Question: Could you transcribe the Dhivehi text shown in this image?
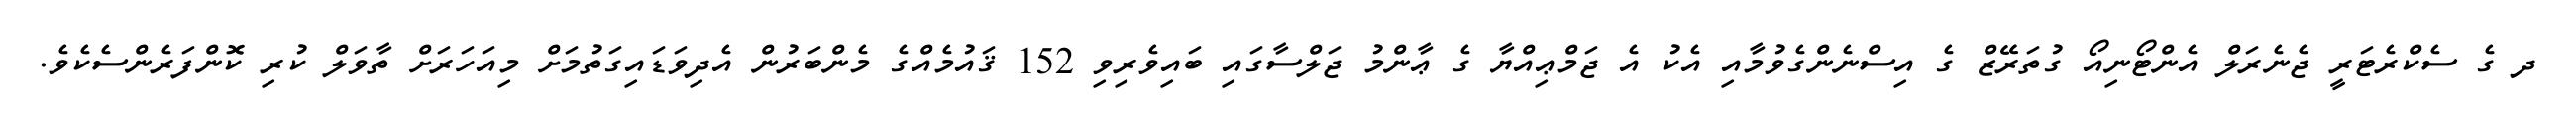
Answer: ދ ގެ ސެކްރެޓަރީ ޖެނެރަލް އެންޓޯނިއޯ ގުތަރޭޒް ގެ އިސްނެންގެވުމާއި އެކު އެ ޖަމްޢިއްޔާ ގެ ޢާންމު ޖަލްސާގައި ބައިވެރިވި 152 ޤައުމެއްގެ މެންބަރުން އެދިވަޑައިގަތުމަށް މިއަހަރަށް ތާވަލް ކުރި ކޮންފަރެންސެކެވެ.